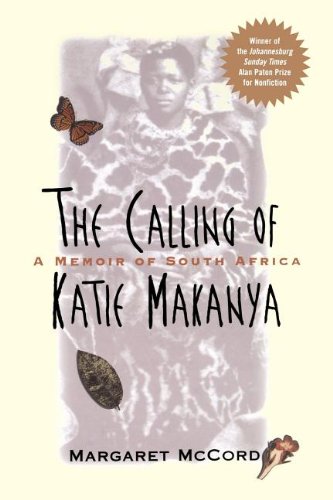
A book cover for The Calling of Katie Makanya: A Memoir of South Africa; Margaret McCord; Biographies & Memoirs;